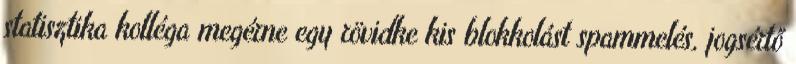
statisztika kolléga megérne egy rövidke kis blokkolást spammelés, jogsértő